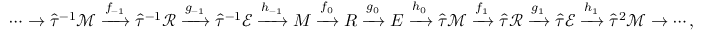
\cdots \to \hat { \tau } ^ { - 1 } \mathcal { M } \xrightarrow { f _ { - 1 } } \hat { \tau } ^ { - 1 } \mathcal { R } \xrightarrow { g _ { - 1 } } \hat { \tau } ^ { - 1 } \mathcal { E } \xrightarrow { h _ { - 1 } } M \xrightarrow { f _ { 0 } } R \xrightarrow { g _ { 0 } } E \xrightarrow { h _ { 0 } } \hat { \tau } \mathcal { M } \xrightarrow { f _ { 1 } } \hat { \tau } \mathcal { R } \xrightarrow { g _ { 1 } } \hat { \tau } \mathcal { E } \xrightarrow { h _ { 1 } } \hat { \tau } ^ { 2 } \mathcal { M } \to \cdots ,